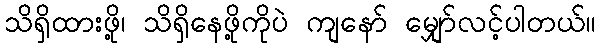
သိရှိထားဖို့၊ သိရှိနေဖို့ကိုပဲ ကျနော် မျှော်လင့်ပါတယ်။